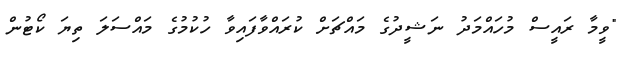
"ވީމާ ރައީސް މުހައްމަދު ނަޝީދުގެ މައްޗަށް ކުރައްވާފައިވާ ހުކުމުގެ މައްސަލަ ތިޔަ ކޯޓުން